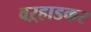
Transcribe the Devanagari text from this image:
वऱ्हाडकर